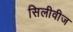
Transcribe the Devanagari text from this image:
सिलीवीज